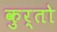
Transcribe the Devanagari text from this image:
कुर्तो